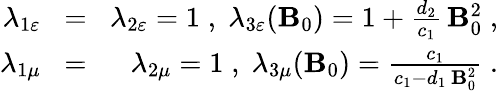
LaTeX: \begin{array}{rlr}{\lambda_{1\varepsilon}\! }&{=}&{\! \lambda_{2\varepsilon}=1\; ,\; \lambda_{3\varepsilon}({\mathbf B}_{0})=1+\frac{d_{2}}{c_{1}}\, {\mathbf B}_{0}^{2}\; ,}\\ {\lambda_{1\mu}\! }&{=}&{\! \lambda_{2\mu}=1\; ,\; \lambda_{3\mu}({\mathbf B}_{0})=\frac{c_{1}}{c_{1}-d_{1}\, {\mathbf B}_{0}^{2}}\; .}\end{array}